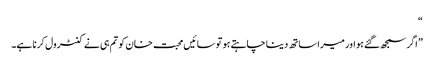
“
” اگر سمجھ گئے ہو اور میرا ساتھ دینا چاہتے ہو تو سائیں محبت خان کو تم ہی نے کنٹرول کرنا ہے۔